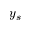
y _ { s }